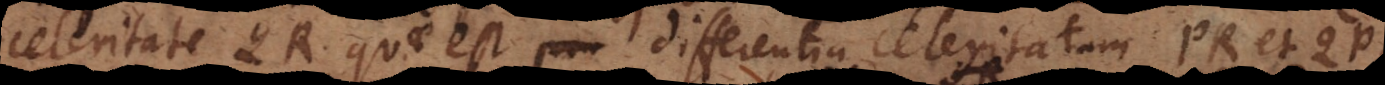
celeritate QR quae est differentia celeritatum PR et QP.